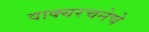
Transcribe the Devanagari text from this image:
वाक्यरचनेचे